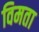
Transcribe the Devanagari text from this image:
विमता